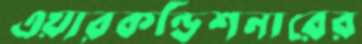
এয়ারকন্ডিশনারের